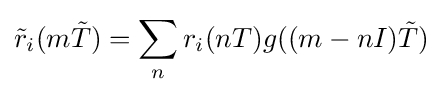
{\tilde {r}}_{i}(m{\tilde {T}})=\sum _{n}r_{i}(nT)g((m-nI){\tilde {T}})